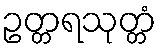
ဥတ္တရသုတ္တံ